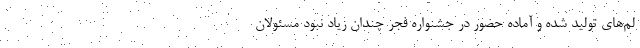
لم‌های تولید شده و آماده حضور در جشنواره فجر چندان زیاد نبود مسئولان